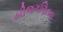
બીજગણિતના